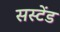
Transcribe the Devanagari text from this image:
सस्टेंड